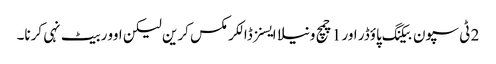
2 ٹی سپون بیکنگ پاؤڈر اور 1 چمچ ونیلا ایسنز ڈالکر مکس کرین لیکن اوور بیٹ نہی کرنا۔